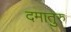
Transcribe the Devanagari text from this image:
दमातुरु